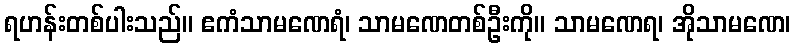
ရဟန်းတစ်ပါးသည်။ ဧကံသာမဏေရံ၊ သာမဏေတစ်ဦးကို။ သာမဏေရ၊ အိုသာမဏေ၊